Supplement to the account of plague administration in the Bombay Presidency from September 1896 till May 1897
Year: 1896
Disease focus: Plague
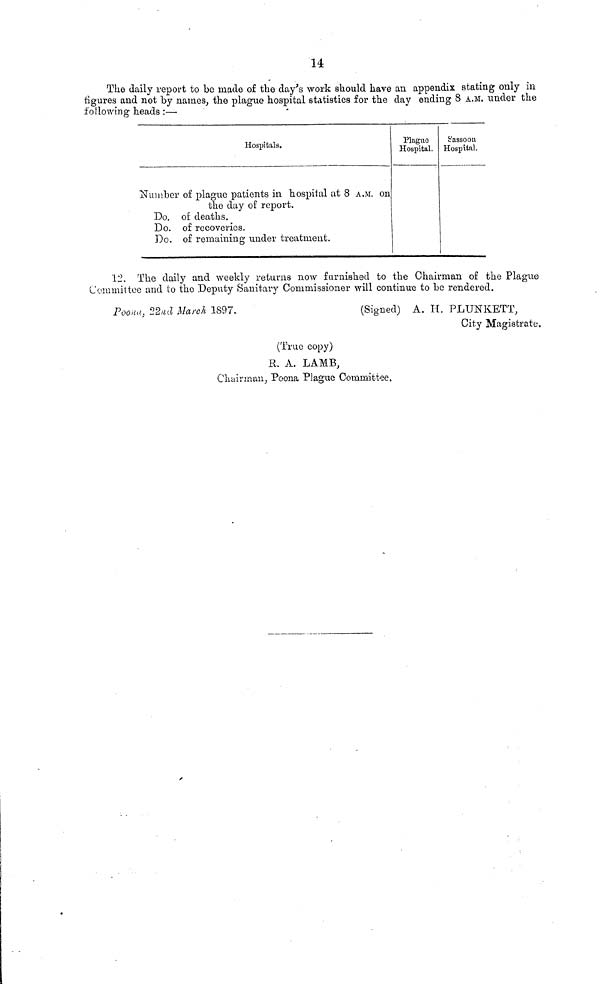
14
The daily report to be made of the day's work should have an appendix stating only in
figures and not by names, the plague hospital statistics for the day ending 8 A.M. under the
following heads :—
Number
Do.
Do.
Do.
Hospitals.
of plague patients in hospital at 8 A.M. on
the day of report.
of deaths.
of recoveries.
of remaining under treatment.
Plague
Hospital.
Sassoon
Hospital.
12. The daily and weekly returns now furnished to the Chairman of the Plague
Committee and to the Deputy Sanitary Commissioner will continue to be rendered.
Poona, 22nd March 1897.
(Signed) Α. Π. PLUNKETT,
City Magistrate.
(True copy)
R. A. LAMB,
Chairman, Poona Plague Committee,